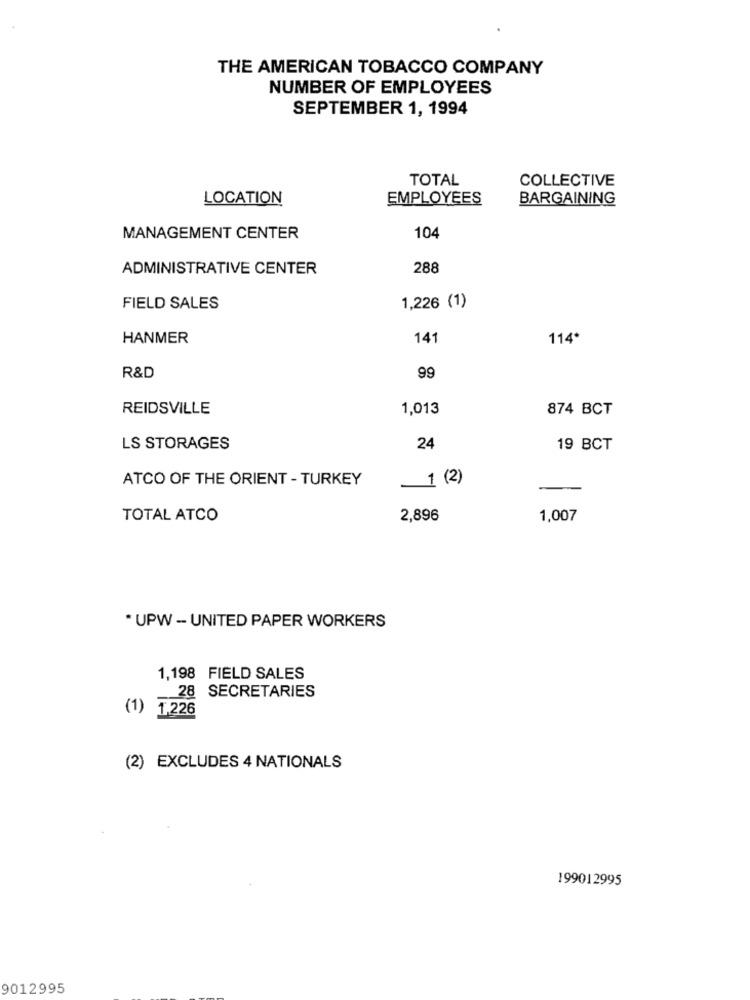
THE AMERICAN TOBACCO COMPANY
NUMBER OF EMPLOYEES
SEPTEMBER 1, 1994
TOTAL
COLLECTIVE
LOCATION
EMPLOYEES
BARGAINING
MANAGEMENT CENTER
104
ADMINISTRATIVE CENTER
288
FIELD SALES
1,226 (1)
HANMER
141
114*
R&D
99
REIDSVILLE
1,013
874 BCT
LS STORAGES
24
19 BCT
ATCO OF THE ORIENT - TURKEY
_1 (2)
TOTAL ATCO
2,896
1,007
* UPW - UNITED PAPER WORKERS
1,198 FIELD SALES
28 SECRETARIES
(1) 1,226
(2) EXCLUDES 4 NATIONALS
199012995
9012995